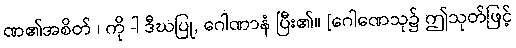
ဏ၏အစိတ် ၊ ကို -ါ ဒီဃပြု, ဂေါဏာနံ ပြီး၏။ [ဂေါဏေသု၌ ဤသုတ်ဖြင့်